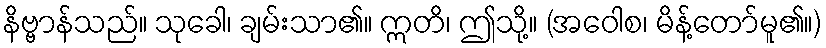
နိဗ္ဗာန်သည်။ သုခေါ၊ ချမ်းသာ၏။ ဣတိ၊ ဤသို့။ (အဝေါစ၊ မိန့်တော်မူ၏။)